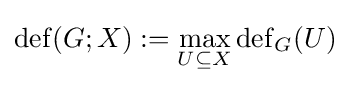
\mathrm {def} (G;X):=\max _{U\subseteq X}\mathrm {def} _{G}(U)